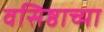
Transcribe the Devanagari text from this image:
वसिष्ठाच्या